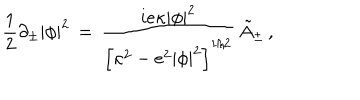
\! \! \! \! \! \! \! \! { \frac { 1 } { 2 } } \partial _ { \pm } | \phi | ^ { 2 } \, = \, { \frac { i e \kappa | \phi | ^ { 2 } } { \left[ \kappa ^ { 2 } - e ^ { 2 } | \phi | ^ { 2 } \right] ^ { 1 / 2 } } } \, \tilde { A } _ { \pm } \, ,